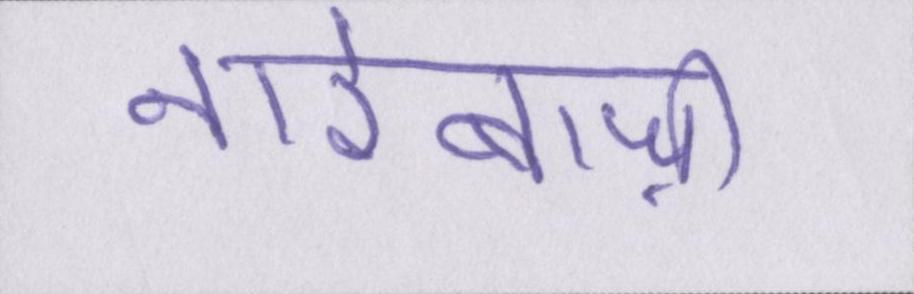
नारेबाज़ी